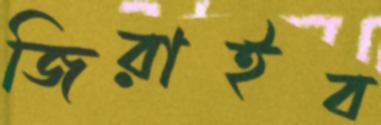
জিরাইব